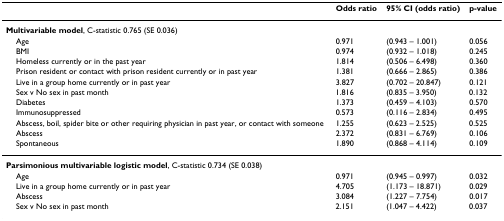
<table><thead><tr><td></td><td><b>Odds ratio</b></td><td><b>95% CI (odds ratio)</b></td><td><b>p-value</b></td></tr></thead><tbody><tr><td colspan="4"><b>Multivariable model</b>, C-statistic 0.765 (SE 0.036)</td></tr><tr><td> Age</td><td>0.971</td><td>(0.943 – 1.001)</td><td>0.056</td></tr><tr><td> BMI</td><td>0.974</td><td>(0.932 – 1.018)</td><td>0.245</td></tr><tr><td> Homeless currently or in the past year</td><td>1.814</td><td>(0.506 – 6.498)</td><td>0.360</td></tr><tr><td> Prison resident or contact with prison resident currently or in past year</td><td>1.381</td><td>(0.666 – 2.865)</td><td>0.386</td></tr><tr><td> Live in a group home currently or in past year</td><td>3.827</td><td>(0.702 – 20.847)</td><td>0.121</td></tr><tr><td> Sex v No sex in past month</td><td>1.816</td><td>(0.835 – 3.950)</td><td>0.132</td></tr><tr><td> Diabetes</td><td>1.373</td><td>(0.459 – 4.103)</td><td>0.570</td></tr><tr><td> Immunosuppressed</td><td>0.573</td><td>(0.116 – 2.834)</td><td>0.495</td></tr><tr><td> Abscess, boil, spider bite or other requiring physician in past year, or contact with someone</td><td>1.255</td><td>(0.623 – 2.525)</td><td>0.525</td></tr><tr><td> Abscess</td><td>2.372</td><td>(0.831 – 6.769)</td><td>0.106</td></tr><tr><td> Spontaneous</td><td>1.890</td><td>(0.868 – 4.114)</td><td>0.109</td></tr><tr><td colspan="4"><b>Parsimonious multivariable logistic model</b>, C-statistic 0.734 (SE 0.038)</td></tr><tr><td> Age</td><td>0.971</td><td>(0.945 – 0.997)</td><td>0.032</td></tr><tr><td> Live in a group home currently or in past year</td><td>4.705</td><td>(1.173 – 18.871)</td><td>0.029</td></tr><tr><td> Abscess</td><td>3.084</td><td>(1.227 – 7.754)</td><td>0.017</td></tr><tr><td> Sex v No sex in past month</td><td>2.151</td><td>(1.047 – 4.422)</td><td>0.037</td></tr></tbody></table>